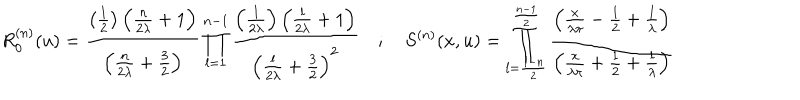
R _ { 0 } ^ { ( n ) } ( u ) = \frac { \left( \frac { 1 } { 2 } \right) \left( \frac { n } { 2 \lambda } + 1 \right) } { \left( \frac { n } { 2 \lambda } + \frac { 3 } { 2 } \right) } \prod _ { l = 1 } ^ { n - 1 } \frac { \left( \frac { l } { 2 \lambda } \right) \left( \frac { l } { 2 \lambda } + 1 \right) } { \left( \frac { l } { 2 \lambda } + \frac { 3 } { 2 } \right) ^ { 2 } } \quad ; \quad S ^ { ( n ) } ( x , u ) = \prod _ { l = \frac { 1 - n } { 2 } } ^ { \frac { n - 1 } { 2 } } \frac { \left( \frac { x } { \lambda \pi } - \frac { 1 } { 2 } + \frac { l } { \lambda } \right) } { \left( \frac { x } { \lambda \pi } + \frac { 1 } { 2 } + \frac { l } { \lambda } \right) }